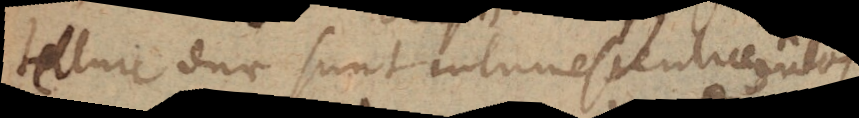
tellure duae sunt intumescentiae